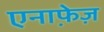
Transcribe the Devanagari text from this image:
एनाफे़ज़